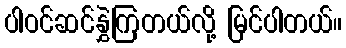
ပါဝင်ဆင်နွှဲကြတယ်လို့ မြင်ပါတယ်။